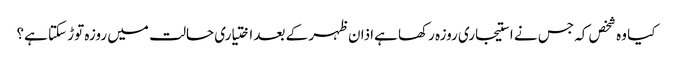
کیا وہ شخص کہ جس نے استیجاری روزہ رکھا ہےاذان ظہر کے بعد اختیاری حالت میں روزہ توڑ سکتا ہے؟